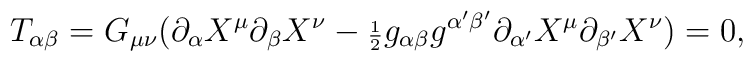
T_{\alpha \beta } =G_{\mu \nu} (\partial_{\alpha} X^{\mu }\partial_{ \beta}X^{\nu }-{\scriptstyle \frac{1}{2}}g_{\alpha \beta } g^{\alpha' \beta' }\partial_{\alpha' }X^{\mu } \partial_{ \beta' }X^{\nu } )=0   ,